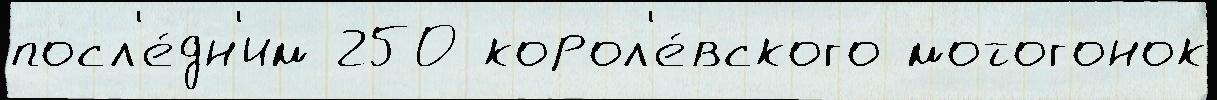
посл'е́дн'им 250 корол'е́вского мотогонок